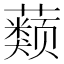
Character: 𰲒